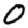
Digit: 0